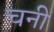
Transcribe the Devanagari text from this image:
चनी